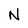
Character: N